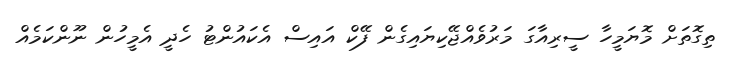
ތިގޮތަށް މޮޔަމީހާ ސީރިއާގަ މަރުވެއްޖޭކިޔައިގެން ފޭކް އައިސް އެކައުންޓު ހެދީ އެމީހުން ނޫންކަމެއް